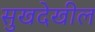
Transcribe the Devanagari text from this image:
सुखदेखील